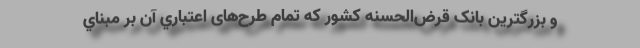
و بزرگترین بانک قرض‌الحسنه کشور که تمام طرح‌های اعتباري آن بر مبناي